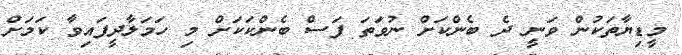
މީޑިޔާތަކުން ވަނީ ދެ ބެންކަށް ނުވަތަ ފަސް ބެންކަކަށް މި ހަމަލާދީފައިވާ ކަމަށް